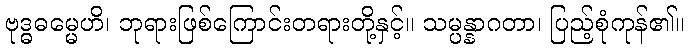
ဗုဒ္ဓဓမ္မေဟိ၊ ဘုရားဖြစ်ကြောင်းတရားတို့နှင့်။ သမ္ပန္နာဂတာ၊ ပြည့်စုံကုန်၏။